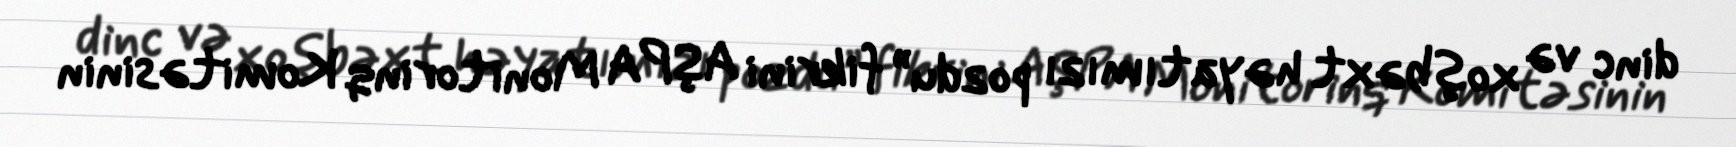
dinc və xoşbəxt həyatımızı pozdu” fikrini AŞPA Monitorinq Komitəsinin